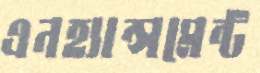
এনহ্যান্সমেন্ট